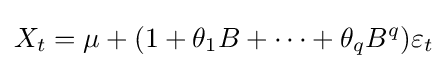
X_{t}=\mu +(1+\theta _{1}B+\cdots +\theta _{q}B^{q})\varepsilon _{t}